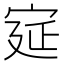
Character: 㝚